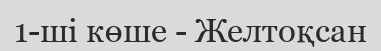
1-ші көше - Желтоқсан